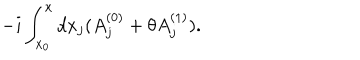
- i \int _ { x _ { 0 } } ^ { x } d x _ { j } ( A _ { j } ^ { ( 0 ) } + \theta A _ { j } ^ { ( 1 ) } ) . \nonumber